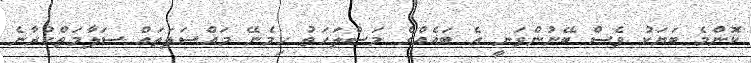
ކޮންމެ ބަޔަކު ވެސް ބޭނުންވަނީ އެ ބައެއްގެ މަސްލަހަތު ހިމެނޭ މައްސަލަތައް ސަލާމަތްކުރާނެ